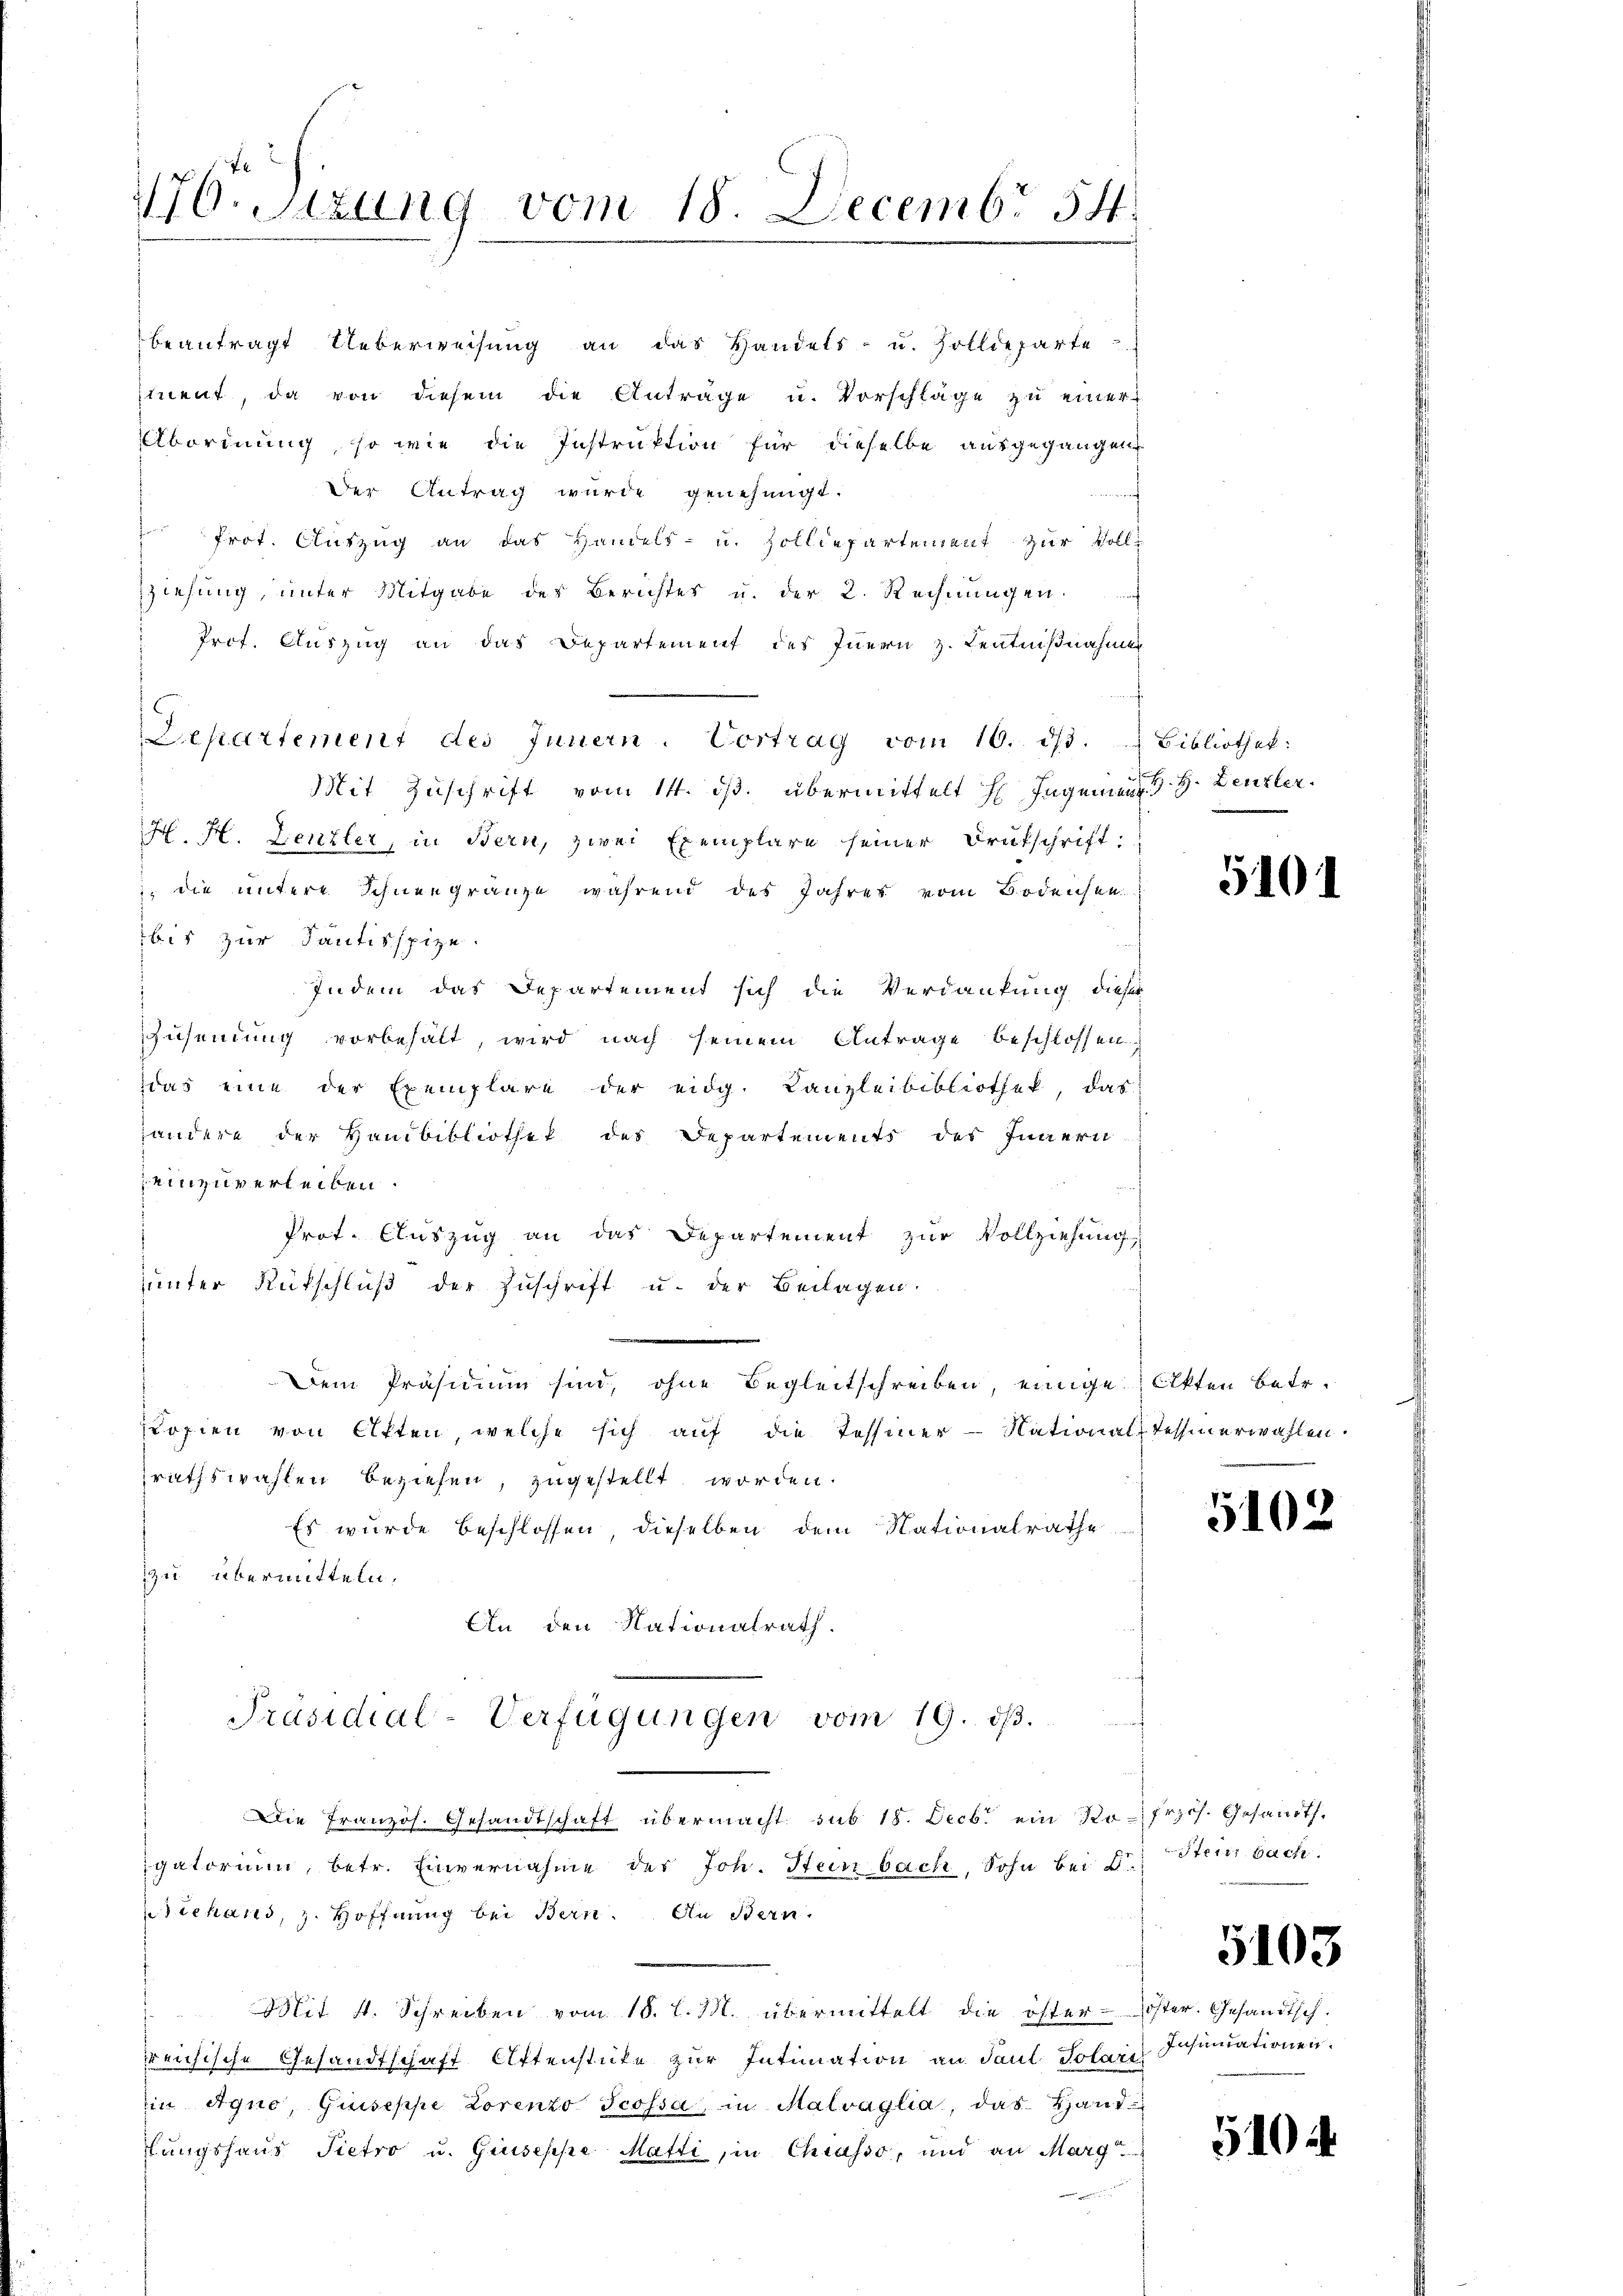
1176. Stzung vom 18. Decembr 54.

beantragt Ueberweisŭng an das Handels- u. Zolldeparte
iment, da von diesem die Anträge u. Vorschläge zu einer¬
Abordnung, so wie die Instruktion für dieselbe ausgegangen
Der Antrag wurde genehmigt.
f
Prot. Auszug an das Handels- u. Zolldepartement zur Vollziehung, unter Mitgabe des Berichtes u. der 2. Rechnŭngen.
Prof. Auszug an das Departement des Innern z. Kentnißnahmen
Departement des Innern. Vortrag vom 16. dβ.  Bibliothek:
Mit Zuschrift vom 14. ds. übermittelt h Ingenienz G. H. Denzler
H. H. Denzler, in Bern, zwei Exemplare seiner Drukschrift:
 die untere Schneegränze während des Jahres vom Bodensen.
bis zur Tantisspize.
Indem das Departement sich die Verdankung dieser
Zusendung vorbehält, wird nach seinem Antrage beschlossen.
das eine der Exemplare der eidg. Kanzleibibliothek, das
andere der Handbibliothek des Departements des Innern
einzuverleiben.
Prof. Auszug an das Departement zur Vollziehung,
ŭŭnter Rütschlŭβ der Zŭschrift u. der Beilagen.
|
Dem Präsidium sind, ohne Begleitschreiben, einige Akten betr.
Kopien von Aften, welche sich aŭf die Tessiner-National tessenerwahlen.
rathswahlen beziehen, zugestellt worden.
Es wurde beschlossen, dieselben dem Nationalrathe
zu übermitteln,
An den Nationalrath.
Präsidial-Verfügungen vom 19. dβ.
Die Französ. Gesandtschaft übermacht. sub 18. Decb. ein Ro-frzös. Gesandts.
gatorium, betr. Einvernahme des Joh. Steinbach, Sohn bei D
échans, z. Hoffnung bei Bern. An Bern.
Mit 4. Schreiben vom 18. l. M. übermittelt die öster-oster. Gesandtsch.
rreichische Gesandtschaft Attenstücke zur Intimation an Paul Solare Insinuationen.
in Agno, Guseppe Lorento Scossa in Malvaglia, das Handfungshaus Pietro u. Guseppe Matti, in Chrasso, und an Marg

5101

5102

Sterer Bach

5103

510